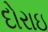
દોરાઇ